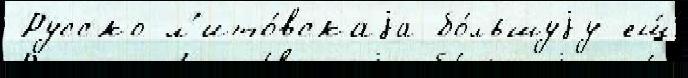
 Русско-л'ито́вскаjа бо́льшуjу ещ́